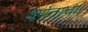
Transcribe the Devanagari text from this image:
वर्णनाचा